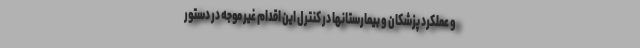
و عملکرد پزشکان و بیمارستانها در کنترل این اقدام غیر موجه در دستور